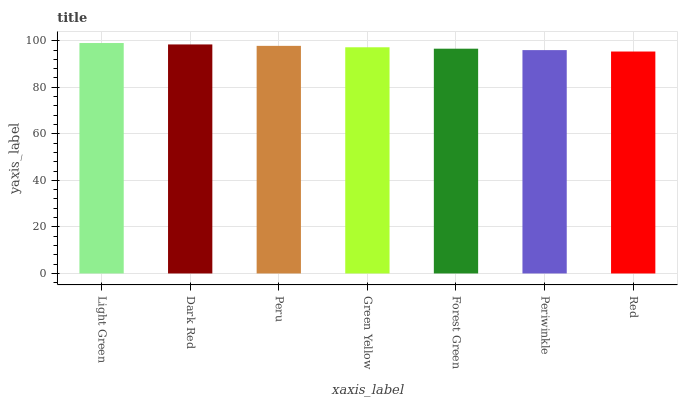
| xaxis_label | bars |
 | --- | --- |
 | Light Green | 99 |
 | Dark Red | 98.4 |
 | Peru | 97.8 |
 | Green Yellow | 97.2 |
 | Forest Green | 96.6 |
 | Periwinkle | 96 |
 | Red | 95.3 |